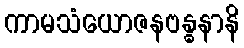
ကာမသံယောဇနဗန္ဓနာနိ